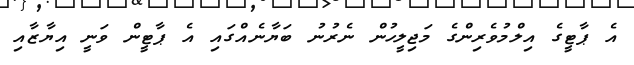
އެ ޕާޓީގެ އިލްމުވެރިންގެ މަޖިލީހުން ނެރުނު ބަޔާނެއްގައި އެ ޕާޓީން ވަނީ އިޔާޒާއި